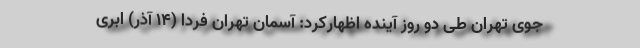
جوی تهران طی دو روز آینده اظهارکرد: آسمان تهران فردا (۱۴ آذر) ابری